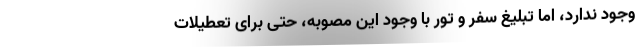
وجود ندارد، اما تبلیغ سفر و تور با وجود این مصوبه، حتی برای تعطیلات